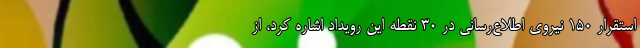
استقرار ۱۵۰ نیروی اطلاع‌رسانی در ۳۰ نقطه این رویداد اشاره کرد، از